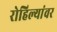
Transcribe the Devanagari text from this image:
रोहिल्यांवर